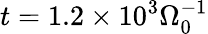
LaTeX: t=1.2\times 10^{3}\Omega_{0}^{-1}